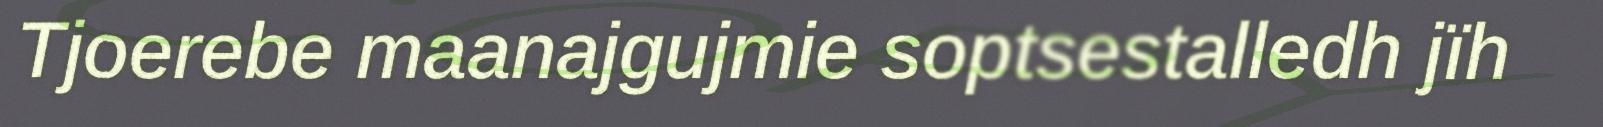
Tjoerebe maanajgujmie soptsestalledh jïh